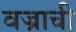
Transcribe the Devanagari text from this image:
वज्राची